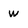
Character: w